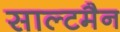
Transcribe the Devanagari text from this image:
साल्टमैन